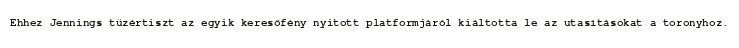
Ehhez Jennings tüzértiszt az egyik keresőfény nyitott platformjáról kiáltotta le az utasításokat a toronyhoz.